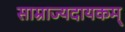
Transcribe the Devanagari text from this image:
साम्राज्यदायकम्